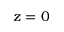
z = 0